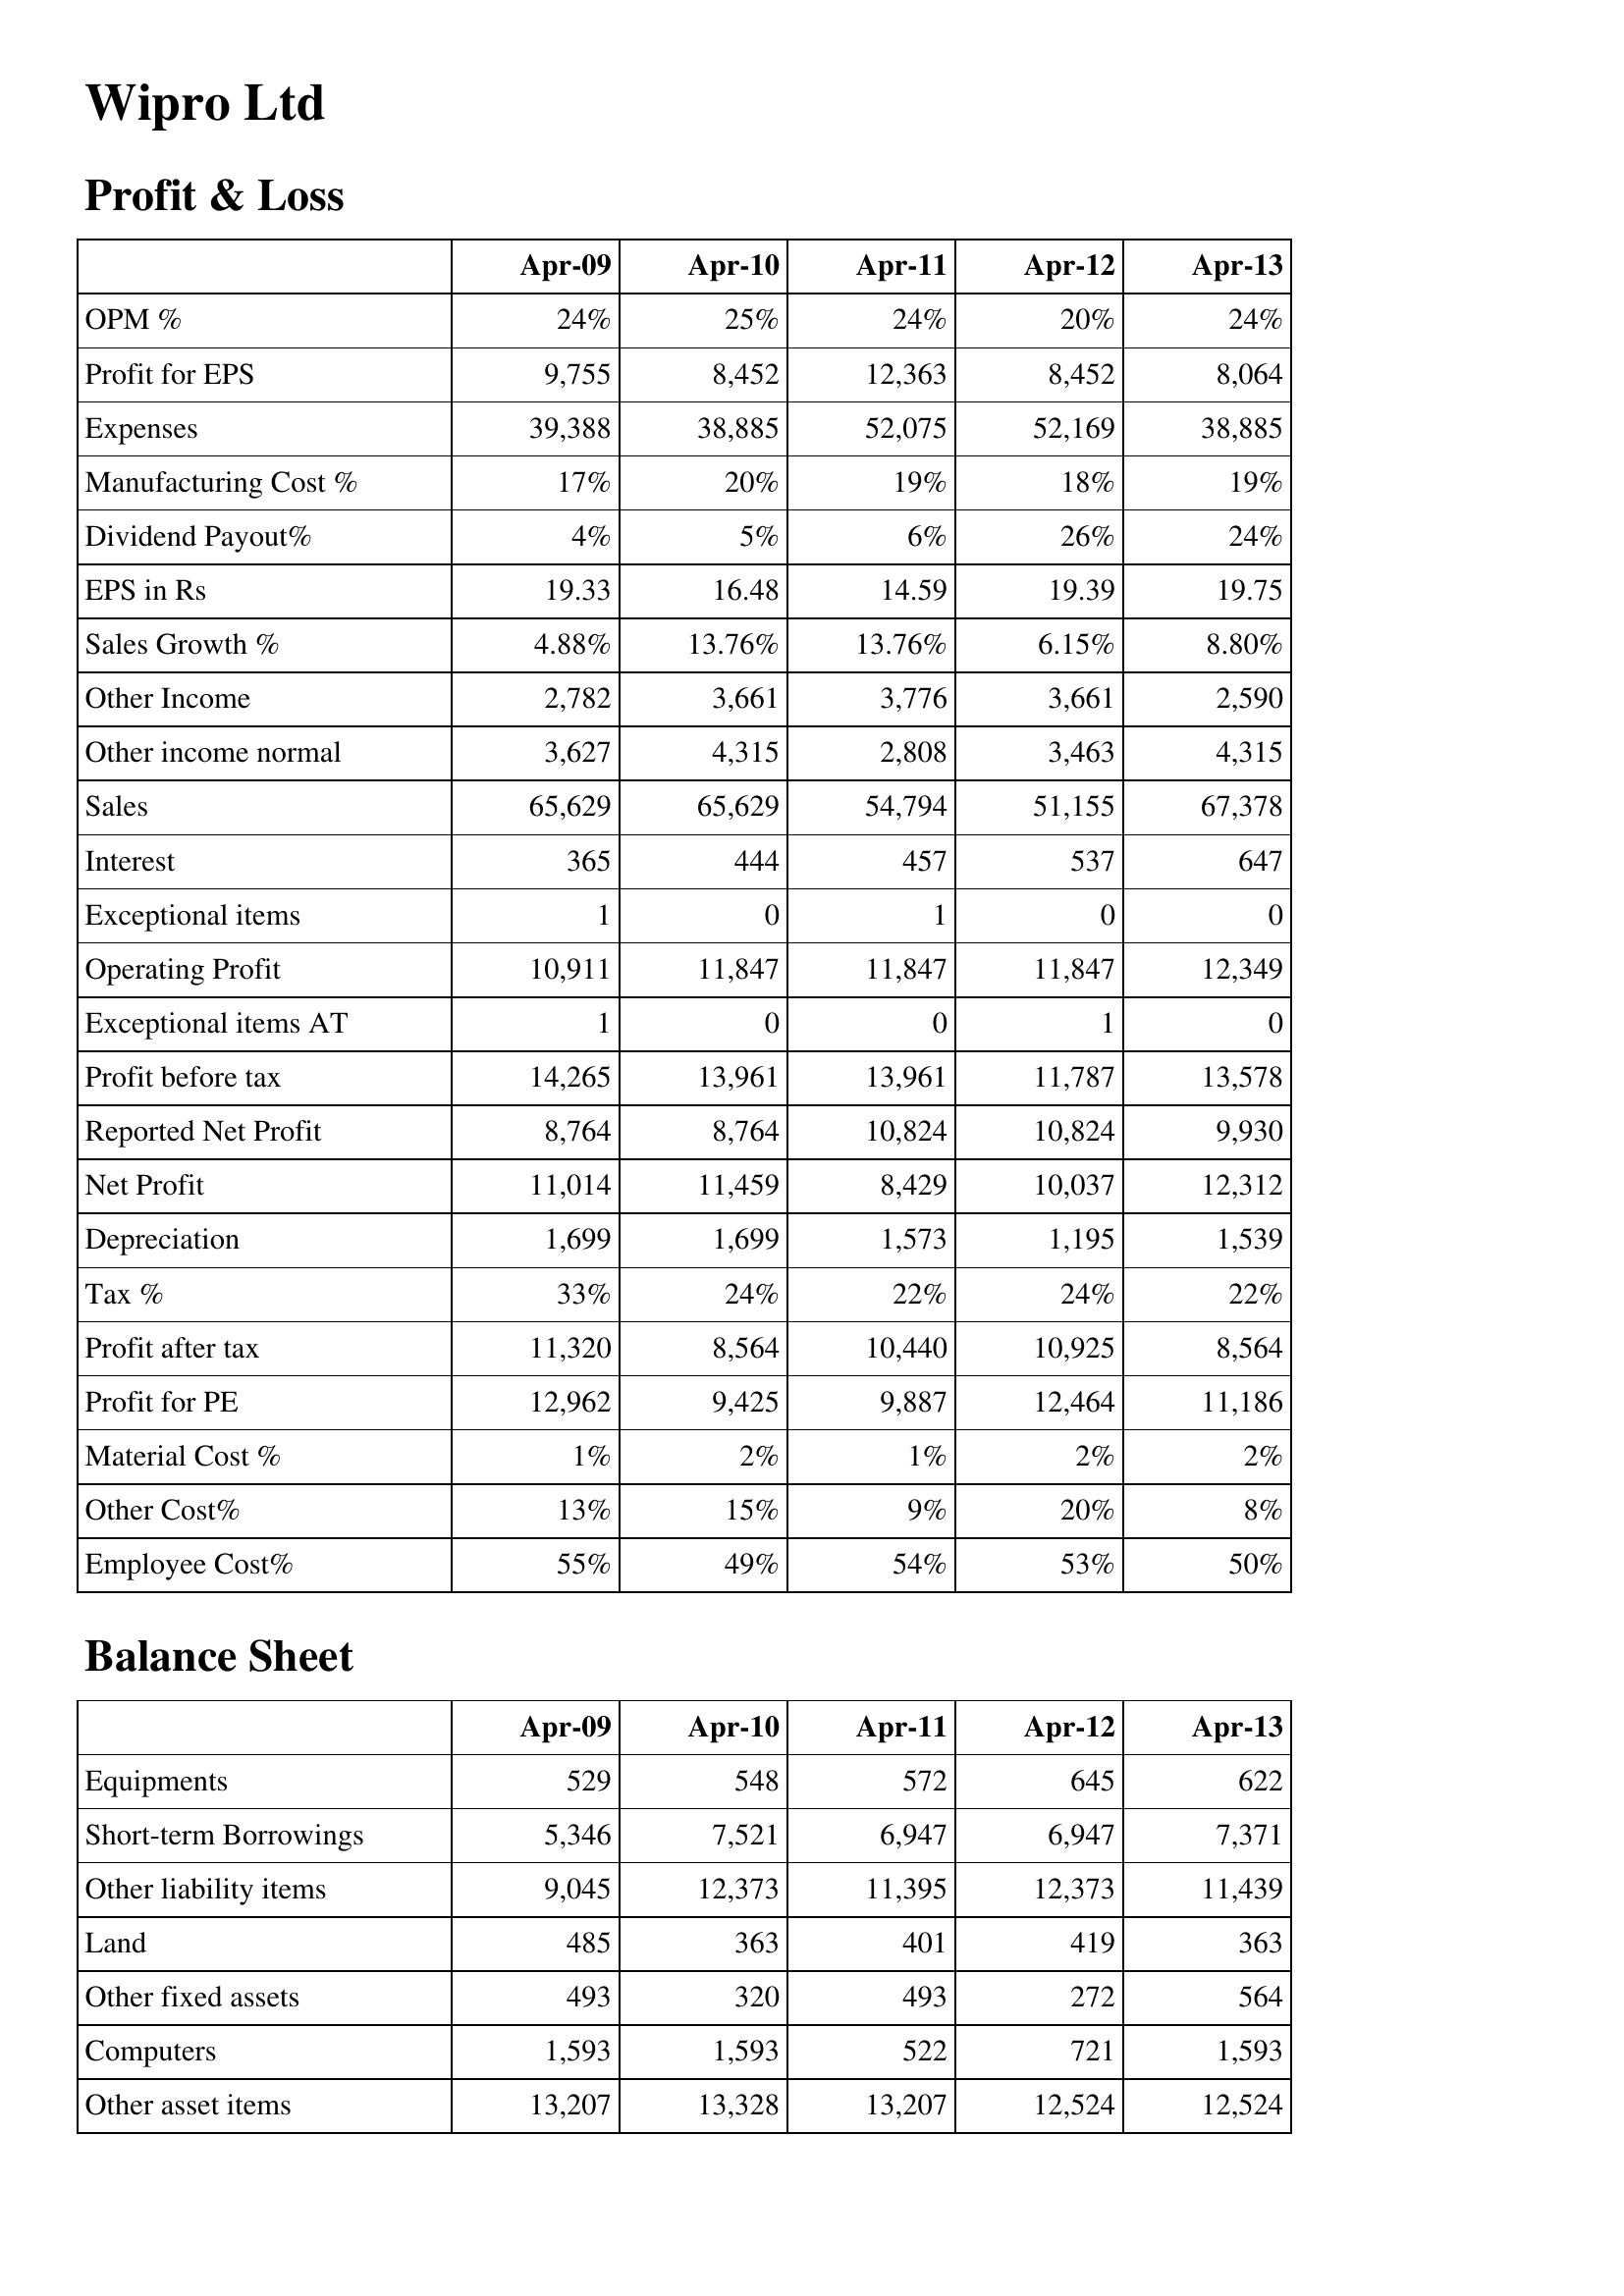
Apr-09: Profit & Loss: OPM %: 24%
Profit for EPS: 9,755
Expenses: 39,388
Manufacturing Cost %: 17%
Dividend Payout%: 4%
EPS in Rs: 19.33
Sales Growth %: 4.88%
Other Income: 2,782
Other income normal: 3,627
Sales: 65,629
Interest: 365
Exceptional items: 1
Operating Profit: 10,911
Exceptional items AT: 1
Profit before tax: 14,265
Reported Net Profit: 8,764
Net Profit: 11,014
Depreciation: 1,699
Tax %: 33%
Profit after tax: 11,320
Profit for PE: 12,962
Material Cost %: 1%
Other Cost%: 13%
Employee Cost%: 55%
Balance Sheet: Equipments: 529
Short-term Borrowings: 5,346
Other liability items: 9,045
Land: 485
Other fixed assets: 493
Computers: 1,593
Other asset items: 13,207
Apr-10: Profit & Loss: OPM %: 25%
Profit for EPS: 8,452
Expenses: 38,885
Manufacturing Cost %: 20%
Dividend Payout%: 5%
EPS in Rs: 16.48
Sales Growth %: 13.76%
Other Income: 3,661
Other income normal: 4,315
Sales: 65,629
Interest: 444
Exceptional items: 0
Operating Profit: 11,847
Exceptional items AT: 0
Profit before tax: 13,961
Reported Net Profit: 8,764
Net Profit: 11,459
Depreciation: 1,699
Tax %: 24%
Profit after tax: 8,564
Profit for PE: 9,425
Material Cost %: 2%
Other Cost%: 15%
Employee Cost%: 49%
Balance Sheet: Equipments: 548
Short-term Borrowings: 7,521
Other liability items: 12,373
Land: 363
Other fixed assets: 320
Computers: 1,593
Other asset items: 13,328
Apr-11: Profit & Loss: OPM %: 24%
Profit for EPS: 12,363
Expenses: 52,075
Manufacturing Cost %: 19%
Dividend Payout%: 6%
EPS in Rs: 14.59
Sales Growth %: 13.76%
Other Income: 3,776
Other income normal: 2,808
Sales: 54,794
Interest: 457
Exceptional items: 1
Operating Profit: 11,847
Exceptional items AT: 0
Profit before tax: 13,961
Reported Net Profit: 10,824
Net Profit: 8,429
Depreciation: 1,573
Tax %: 22%
Profit after tax: 10,440
Profit for PE: 9,887
Material Cost %: 1%
Other Cost%: 9%
Employee Cost%: 54%
Balance Sheet: Equipments: 572
Short-term Borrowings: 6,947
Other liability items: 11,395
Land: 401
Other fixed assets: 493
Computers: 522
Other asset items: 13,207
Apr-12: Profit & Loss: OPM %: 20%
Profit for EPS: 8,452
Expenses: 52,169
Manufacturing Cost %: 18%
Dividend Payout%: 26%
EPS in Rs: 19.39
Sales Growth %: 6.15%
Other Income: 3,661
Other income normal: 3,463
Sales: 51,155
Interest: 537
Exceptional items: 0
Operating Profit: 11,847
Exceptional items AT: 1
Profit before tax: 11,787
Reported Net Profit: 10,824
Net Profit: 10,037
Depreciation: 1,195
Tax %: 24%
Profit after tax: 10,925
Profit for PE: 12,464
Material Cost %: 2%
Other Cost%: 20%
Employee Cost%: 53%
Balance Sheet: Equipments: 645
Short-term Borrowings: 6,947
Other liability items: 12,373
Land: 419
Other fixed assets: 272
Computers: 721
Other asset items: 12,524
Apr-13: Profit & Loss: OPM %: 24%
Profit for EPS: 8,064
Expenses: 38,885
Manufacturing Cost %: 19%
Dividend Payout%: 24%
EPS in Rs: 19.75
Sales Growth %: 8.80%
Other Income: 2,590
Other income normal: 4,315
Sales: 67,378
Interest: 647
Exceptional items: 0
Operating Profit: 12,349
Exceptional items AT: 0
Profit before tax: 13,578
Reported Net Profit: 9,930
Net Profit: 12,312
Depreciation: 1,539
Tax %: 22%
Profit after tax: 8,564
Profit for PE: 11,186
Material Cost %: 2%
Other Cost%: 8%
Employee Cost%: 50%
Balance Sheet: Equipments: 622
Short-term Borrowings: 7,371
Other liability items: 11,439
Land: 363
Other fixed assets: 564
Computers: 1,593
Other asset items: 12,524